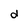
Character: d